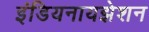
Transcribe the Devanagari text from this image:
इंडियनायझेशन